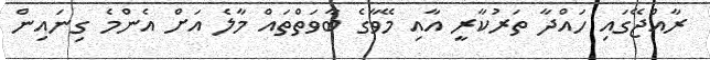
ރާއްޖޭގައި ހައްދާ ތަރުކާރީ އާއި މޭވާގެ ބާވަތްތައް މާލެ އަށް އެންމެ ގިނައިން